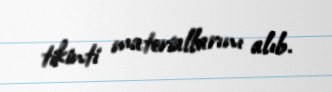
tikinti materiallarını alıb.